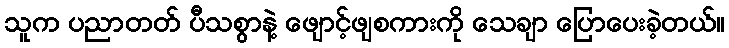
သူက ပညာတတ် ပီသစွာနဲ့ ဖျောင့်ဖျစကားကို သေချာ ပြောပေးခဲ့တယ်။